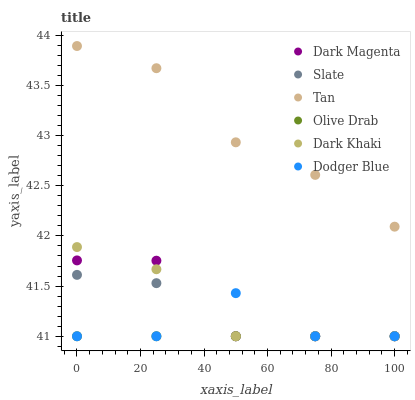
| xaxis_label | Dark Magenta | Slate | Tan | Olive Drab | Dark Khaki | Dodger Blue |
 | --- | --- | --- | --- | --- | --- | --- |
 | 0 | 41.8 | 41.6 | 43.9 | 41 | 41.9 | 41 |
 | 25 | 41.8 | 41.5 | 43.7 | 41 | 41.7 | 41 |
 | 50 | 41 | 41 | 42.9 | 41 | 41 | 41.4 |
 | 75 | 41 | 41 | 42.6 | 41 | 41 | 41 |
 | 100 | 41 | 41 | 42.1 | 41 | 41 | 41 |